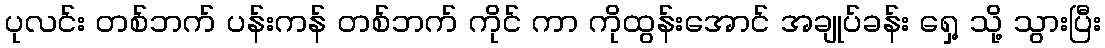
ပုလင်း တစ်ဘက် ပန်းကန် တစ်ဘက် ကိုင် ကာ ကိုထွန်းအောင် အချုပ်ခန်း ရှေ့ သို့ သွားပြီး